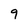
Character: 9